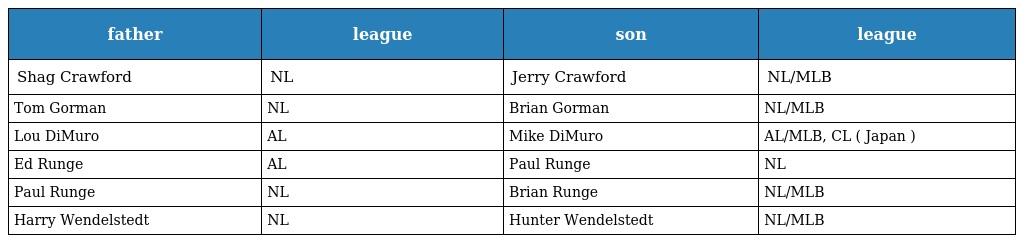
| father | league | son | league |
 | --- | --- | --- | --- |
 | Shag Crawford | NL | Jerry Crawford | NL/MLB |
 | Tom Gorman | NL | Brian Gorman | NL/MLB |
 | Lou DiMuro | AL | Mike DiMuro | AL/MLB, CL ( Japan ) |
 | Ed Runge | AL | Paul Runge | NL |
 | Paul Runge | NL | Brian Runge | NL/MLB |
 | Harry Wendelstedt | NL | Hunter Wendelstedt | NL/MLB |